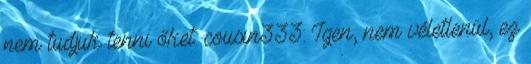
nem tudjuk tenni őket. cousin333: Igen, nem véletlenül, ez